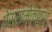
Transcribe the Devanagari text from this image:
पेससमेकर्स